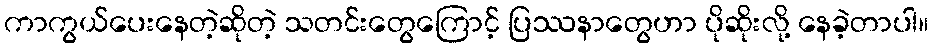
ကာကွယ်ပေးနေတဲ့ဆိုတဲ့ သတင်းတွေကြောင့် ပြဿနာတွေဟာ ပိုဆိုးလို့ နေခဲ့တာပါ။